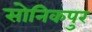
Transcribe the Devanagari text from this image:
सोनिकपुर